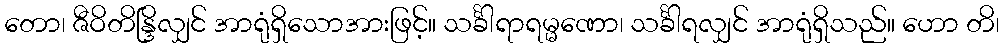
တော၊ ဇီဝိတိန္ဒြိလျှင် အာရုံရှိသောအားဖြင့်။ သင်္ခါရာရမ္မဏော၊ သင်္ခါရလျှင် အာရုံရှိသည်။ ဟော တိ၊